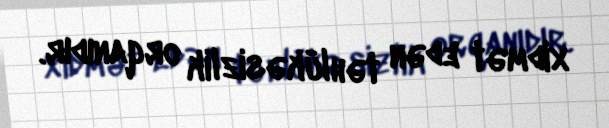
xidmət edən təhlükəsizlik orqanıdır.